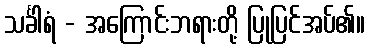
သင်္ခါရံ - အကြောင်းဘရားတို့ ပြုပြင်အပ်၏။